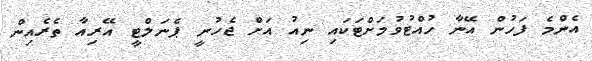
އެންމެ ފަހުން އޭނާ ހުއްޓުވުމަށްޓަަކައި ނިއު އަށް ޖެހުނީ ޕެނަލްޓީ އޭރިއާ ތެރެއިން